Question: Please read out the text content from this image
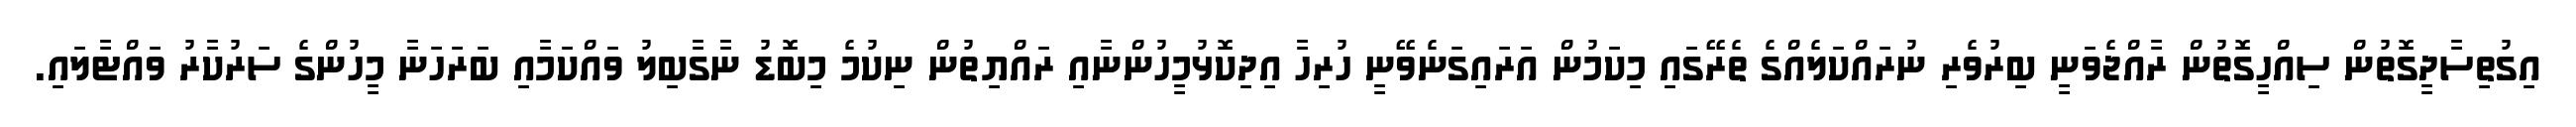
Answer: އިގުތިސާދީގޮތުން ސިއްހީގޮތުން ރާއްޖެވަނީ ބިރުވެރި ނުރައްކަލެއްގެ ތެރޭގައި މިކަމުން އަރައިގަނެވޭނީ ހުރިހާ އިދިކޮޅުމީހުންނާއި ރައްޔިތުން ނިކުމެ މިބޮޑު ނާގާބިލު ވައްކަމާއި ބަރަހަނާ މީހުންގެ ސަރުކާރު ވައްޓާލައި.